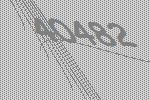
40482